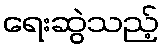
ရေးဆွဲသည့်